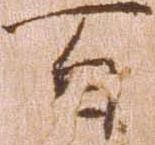
百